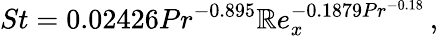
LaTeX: St=0.02426Pr^{-0.895}\mathbb{R}e_{x}^{-0.1879Pr^{-0.18}}\, ,